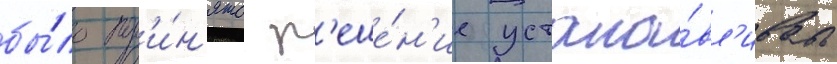
бы́ло пр'и́н'ято р'еше́н'ие устана́вл'ивать